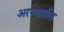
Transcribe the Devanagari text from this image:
अरण्यातील